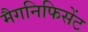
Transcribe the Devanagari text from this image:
मैगनिफिसेंट